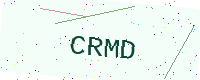
Text: CRMD